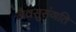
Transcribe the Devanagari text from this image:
जैवसुसंगति